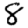
Digit: 8